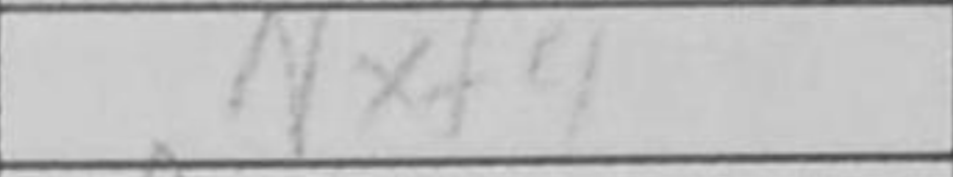
Transcription: Nxf4